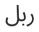
ربل